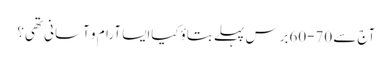
آج سے 70-60برس پہلے بتاؤکیاایسا آرام و آسانی تھی؟